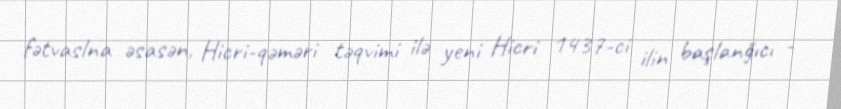
fətvaslna əsasən, Hicri-qəməri təqvimi ilə yeni Hicri 1437-ci ilin başlanğıcı -